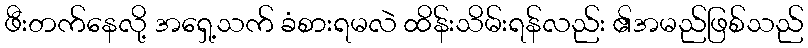
ဖီးတက်နေလို့ အရှေ့သက် ခံစားရမလဲ ထိန်းသိမ်းရန်လည်း ၏အမည်ဖြစ်သည်